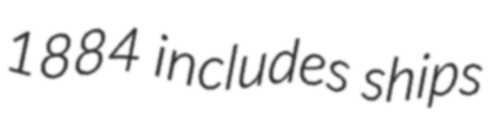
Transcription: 1884 includes ships